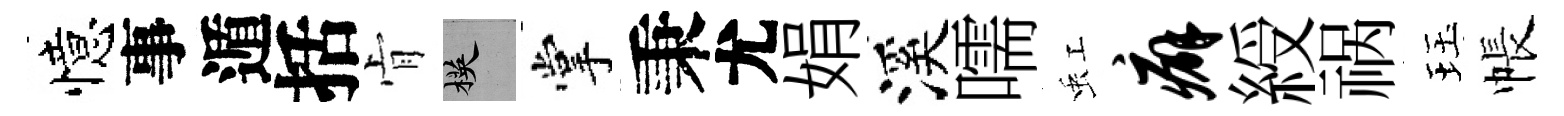
憶事遁括肻楧掌秉尤娟溪嚅虹癖綬祸珏帳